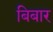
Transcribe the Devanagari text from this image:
बिबार